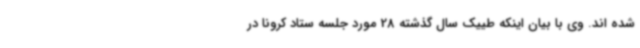
شده اند. وی با بیان اینکه طییک سال گذشته 28 مورد جلسه ستاد کرونا در